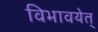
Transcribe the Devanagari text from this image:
विभावयेत्